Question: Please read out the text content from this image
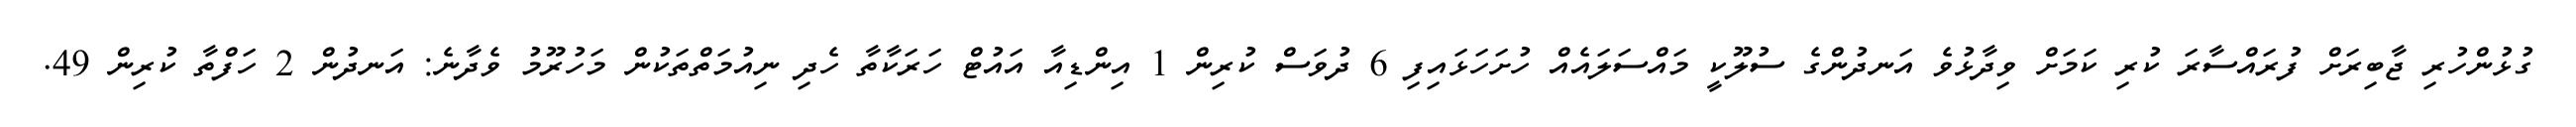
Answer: ގުޅުންހުރި ޖާބިރަށް ފުރައްސާރަ ކުރި ކަމަށް ވިދާޅުވެ އަނދުންގެ ސުލޫކީ މައްސަލައެއް ހުށަހަޅައިފި 6 ދުވަސް ކުރިން 1 އިންޑިއާ އައުޓް ހަރަކާތާ ހެދި ނިއުމަތްތަކުން މަހުރޫމު ވެދާނެ: އަނދުން 2 ހަފްތާ ކުރިން 49.